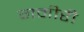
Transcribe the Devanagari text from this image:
गमीरी